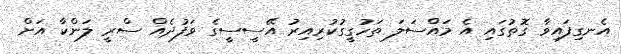
އެނގިފައިވާ ގޮތުގައި އެ މައްސަލަ ތަހުގީގުކުރިއިރު އޭސީސީގެ ވަފުދެއް ސްރީ ލަންކާ އަށް